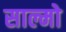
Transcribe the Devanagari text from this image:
साल्मो